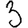
Digit: 3